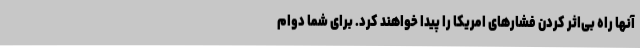
آنها راه بی‌اثر کردن فشارهای امریکا را پیدا خواهند کرد. برای شما دوام